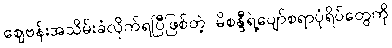
စျေဗန်းအသိမ်းခံလိုက်ရပြီဖြစ်တဲ့ မိစန္ဒီရဲ့ပျော်စရာပုံရိပ်တွေကို